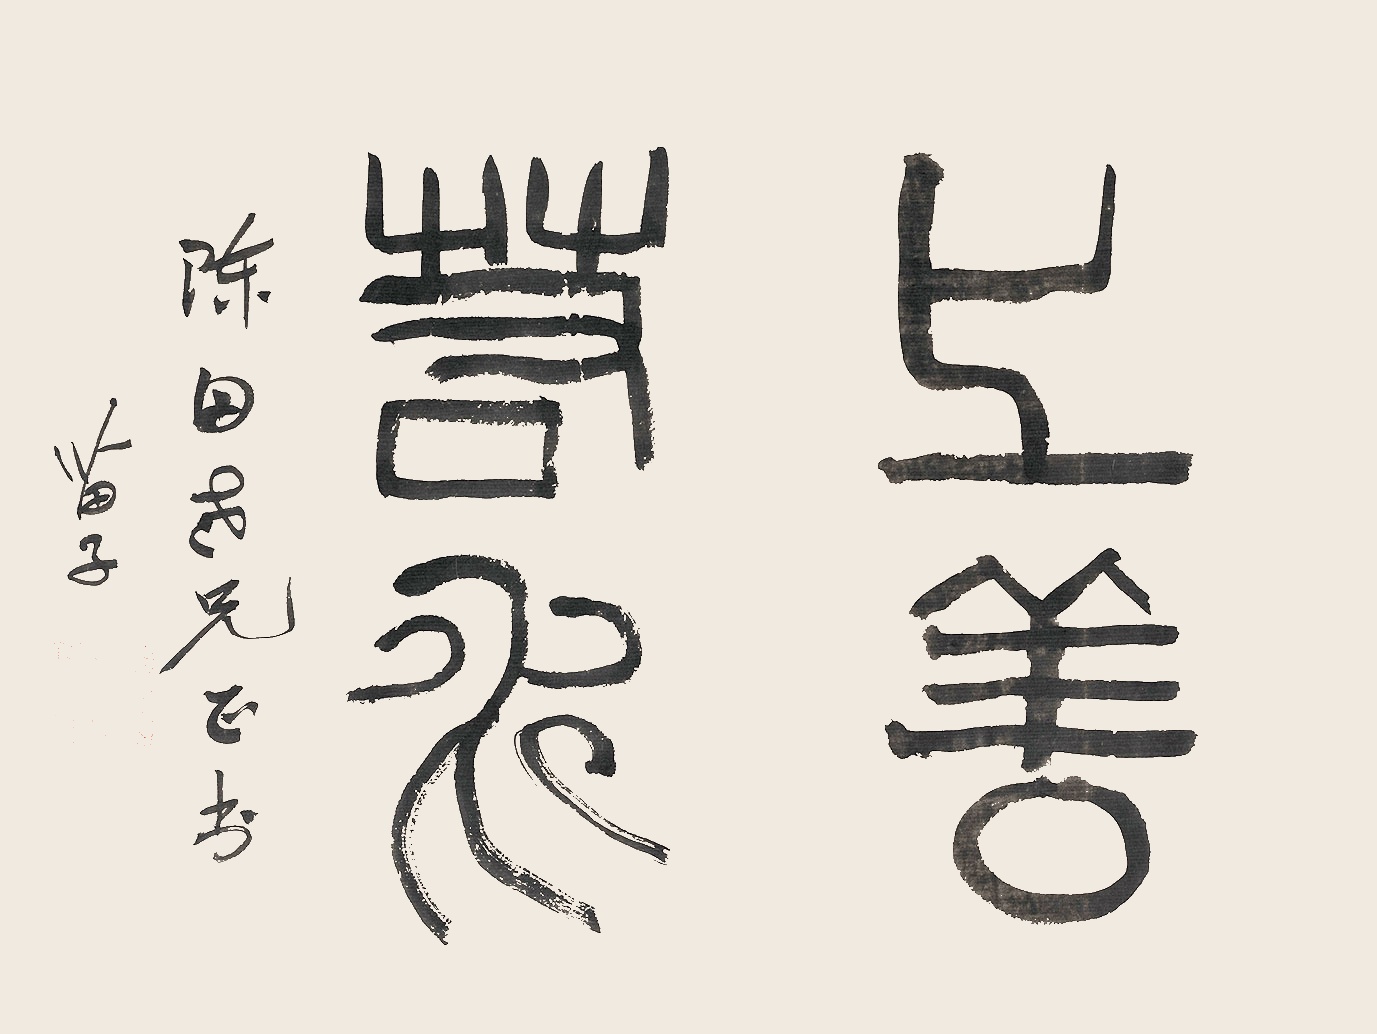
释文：上善若水陈田老兄正书。苗子。